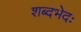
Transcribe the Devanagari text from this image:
शब्दभेदः